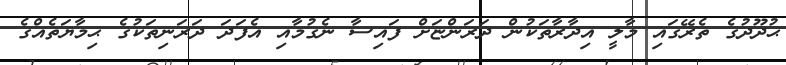
ޙުދޫދުގެ ތެރޭގައި މާލީ އިދާރާތަކުން ދަރަންޏަށް ފައިސާ ނެގުމާއި އެފަދަ ދަރަނިތަކުގެ ޙިމާޔަތެއްގެ